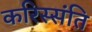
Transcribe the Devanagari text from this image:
करिस्संति